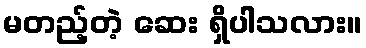
မတည့်တဲ့ ဆေး ရှိပါသလား။